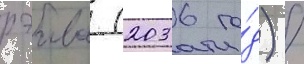
рэива (2036 го́д) /